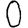
Digit: 0